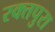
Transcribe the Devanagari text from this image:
रक्तपुरा